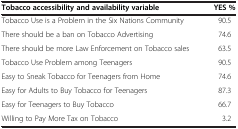
<table><thead><tr><td><b>Tobacco accessibility and availability variable</b></td><td><b>YES %</b></td></tr></thead><tbody><tr><td>Tobacco Use is a Problem in the Six Nations Community</td><td>90.5</td></tr><tr><td>There should be a ban on Tobacco Advertising</td><td>74.6</td></tr><tr><td>There should be more Law Enforcement on Tobacco sales</td><td>63.5</td></tr><tr><td>Tobacco Use Problem among Teenagers</td><td>90.5</td></tr><tr><td>Easy to Sneak Tobacco for Teenagers from Home</td><td>74.6</td></tr><tr><td>Easy for Adults to Buy Tobacco for Teenagers</td><td>87.3</td></tr><tr><td>Easy for Teenagers to Buy Tobacco</td><td>66.7</td></tr><tr><td>Willing to Pay More Tax on Tobacco</td><td>3.2</td></tr></tbody></table>